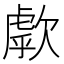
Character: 歑